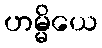
ဟမ္မိယေ